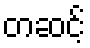
တဆင့်